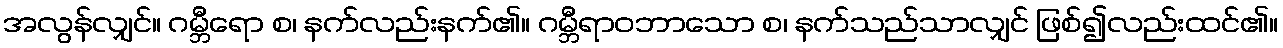
အလွန်လျှင်။ ဂမ္ဘီရော စ၊ နက်လည်းနက်၏။ ဂမ္ဘီရာဝဘာသော စ၊ နက်သည်သာလျှင် ဖြစ်၍လည်းထင်၏။